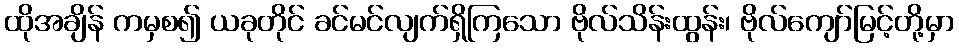
ထိုအချိန် ကမှစ၍ ယခုတိုင် ခင်မင်လျက်ရှိကြသော ဗိုလ်သိန်းထွန်း၊ ဗိုလ်ကျော်မြင့်တို့မှာ